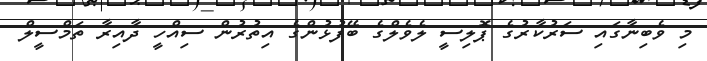
މި ވެބިނާގައި ސަރުކާރުގެ ޕޮލިސީ ލެވެލްގެ ބޭފުޅުންގެ އިތުރުން ސިއްހީ ދާއިރާ ތަމްސީލް